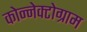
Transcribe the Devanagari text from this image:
कोन्नेक्टोग्राम